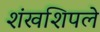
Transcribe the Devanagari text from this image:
शंखशिपले